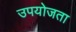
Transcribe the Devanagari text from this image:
उपयोजता